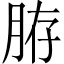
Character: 𦛊